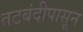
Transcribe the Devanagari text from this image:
तटबंदीपासून